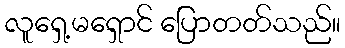
လူရှေ့မရှောင် ပြောတတ်သည်။